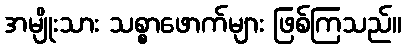
အမျိုးသား သစ္စာဖောက်များ ဖြစ်ကြသည်။